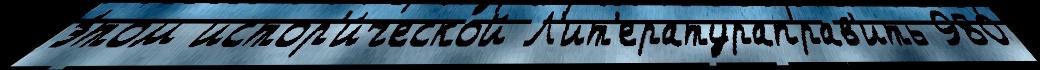
э́том истор'и́ческой Л'ит'ератураправ'ить 980